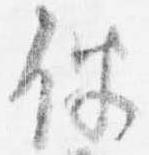
伴